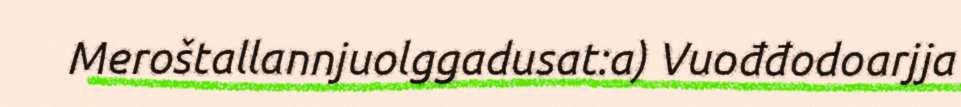
Meroštallannjuolggadusat:a) Vuođđodoarjja